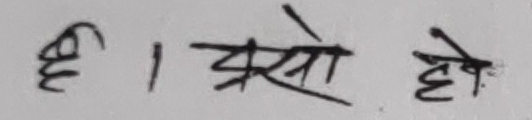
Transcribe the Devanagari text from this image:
ही । कैसे हो